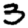
Digit: 3